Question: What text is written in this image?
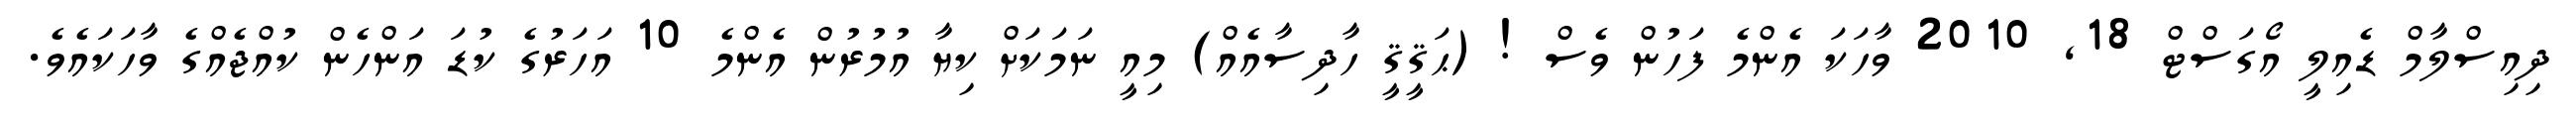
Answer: ދިއިސްލާމް ޑެއިލީ އޯގަސްޓް 18, 2010 ވާހަކަ އެންމެ ފަހުން ވެސް ! (ޙަޤީޤީ ހާދިސާއެއް) މިއީ ނަމަކަށް ކިޔާ އުމުރުން އެންމެ 10 އަހަރުގެ ކުޑަ އަންހެން ކުއްޖެއްގެ ވާހަކައެވެ.